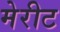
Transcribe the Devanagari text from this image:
मेरीट